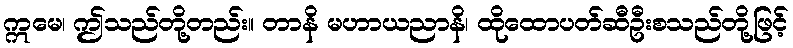
ဣမေ၊ ဤသည်တို့တည်း။ တာနိ မဟာယညာနိ၊ ထိုထောပတ်ဆီဦးစသည်တို့ဖြင့်